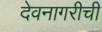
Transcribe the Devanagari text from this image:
देवनागरीची